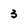
Character: 3